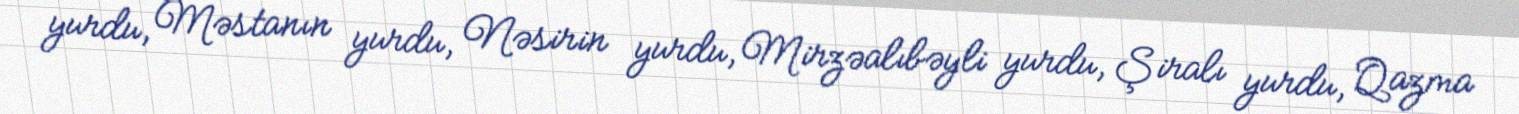
yurdu, Məstanın yurdu, Nəsirin yurdu, Mirzəalıbəyli yurdu, Şiralı yurdu, Qazma